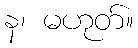
န၊ မဟုတ်။